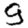
Digit: 9